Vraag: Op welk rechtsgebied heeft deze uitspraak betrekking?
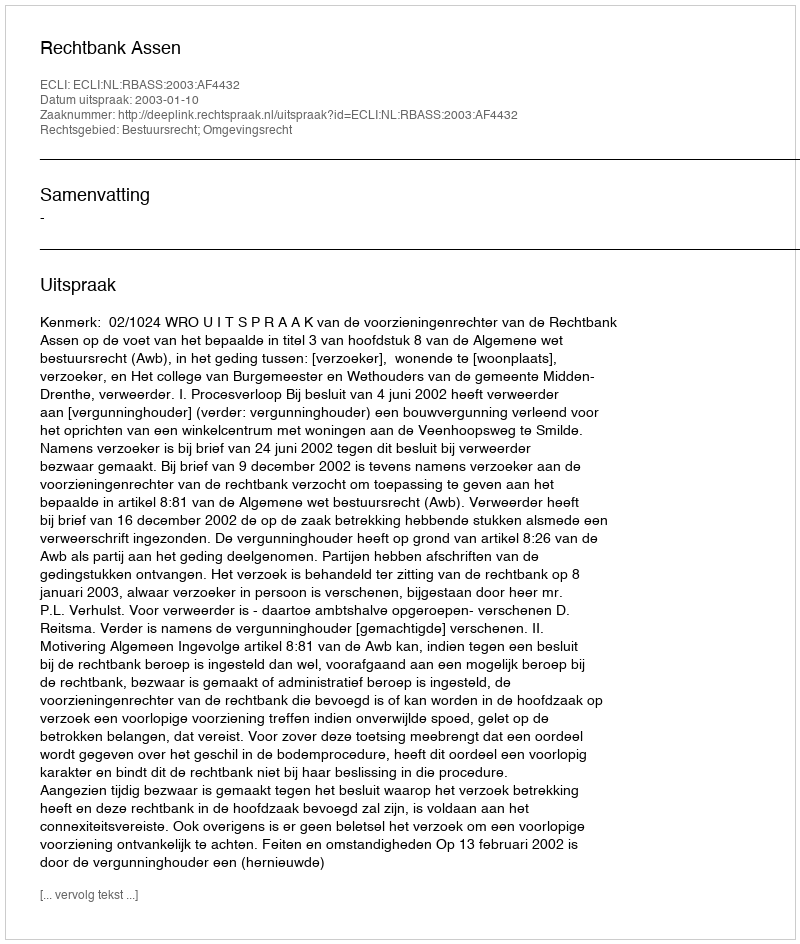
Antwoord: Bestuursrecht; Omgevingsrecht